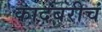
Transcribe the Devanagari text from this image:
कादंबरीचं